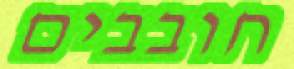
חובבים